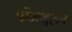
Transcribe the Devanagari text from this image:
पोंमथुरुत